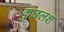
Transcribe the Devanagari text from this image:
कुछलश